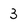
Character: 3